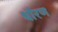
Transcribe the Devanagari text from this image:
धौरण